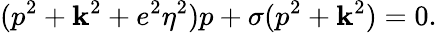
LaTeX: (p^{2}+{\mathbf k}^{2}+e^{2}\eta^{2})p+\sigma(p^{2}+{\mathbf k}^{2})=0.